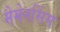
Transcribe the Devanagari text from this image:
मैमेनसिंग